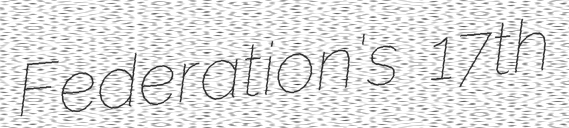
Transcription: Federation's 17th